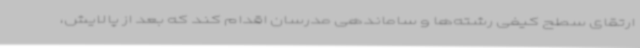
ارتقای سطح کیفی رشته‌ها و ساماندهی مدرسان اقدام کند که بعد از پالایش،